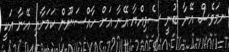
ނމަވެސް އޭނާ ބުނީ ސެވިއްޔާ އޭނާ އަށް ހާއްސަނޫން ކަމަށާއި އޭނާ އަކީ